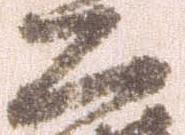
公